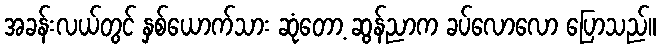
အခန်းလယ်တွင် နှစ်ယောက်သား ဆုံတော့ ဆွန်ညာက ခပ်လောလော ပြောသည်။